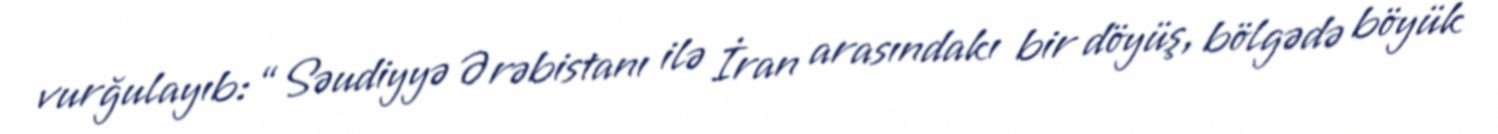
vurğulayıb: “Səudiyyə Ərəbistanı ilə İran arasındakı bir döyüş, bölgədə böyük